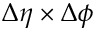
\Delta \eta \times \Delta \phi